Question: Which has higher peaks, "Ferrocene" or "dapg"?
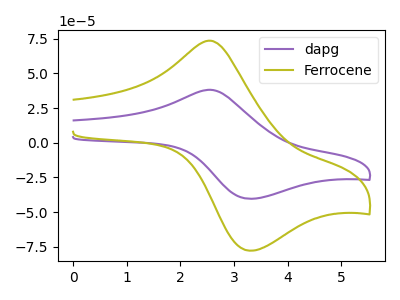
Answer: <think>The purple curve "dapg" has an anodic peak at (2.55V, 38.20uA) and a cathodic peak at (3.30V, -40.40uA). The olive curve "Ferrocene" has an anodic peak at (2.55V, 73.60uA) and a cathodic peak at (3.30V, -77.80uA).</think>
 <answer>Every peak in "Ferrocene" is higher than every peak in "dapg".</answer>
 <eval>higher</eval>